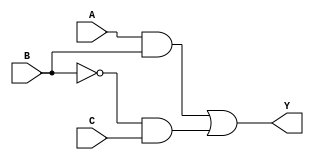
module combinational_logic (
    input wire A,     // Input variable A
    input wire B,     // Input variable B
    input wire C,     // Input variable C
    output wire Y     // Output Y
);

// Intermediate signals for minimized logic
wire not_A; 
wire not_B; 
wire A_and_B;
wire B_and_C;

// Invert A and B using NOT gates (simple algebraic minimization)
assign not_A = ~A;
assign not_B = ~B;

// Combine inputs using AND and OR gates based on minimization process
assign A_and_B = A & B;               // AND gate
assign B_and_C = B & C;               // AND gate
assign Y = (A_and_B | (not_B & C));   // Final output using OR gate

endmodule